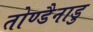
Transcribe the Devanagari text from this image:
तोण्डैनाडु